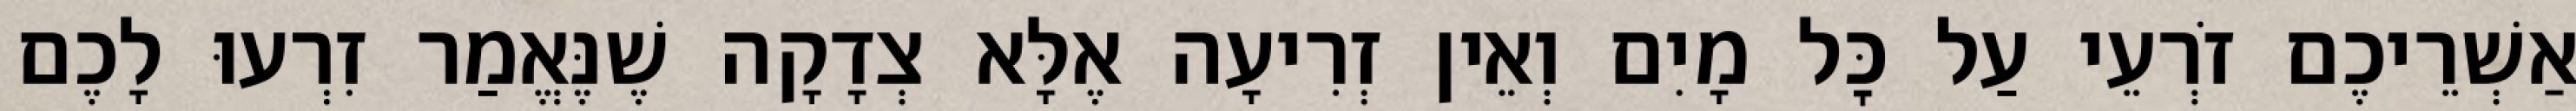
אַשְׁרֵיכֶם זֹרְעֵי עַל כׇּל מָיִם וְאֵין זְרִיעָה אֶלָּא צְדָקָה שֶׁנֶּאֱמַר זִרְעוּ לָכֶם